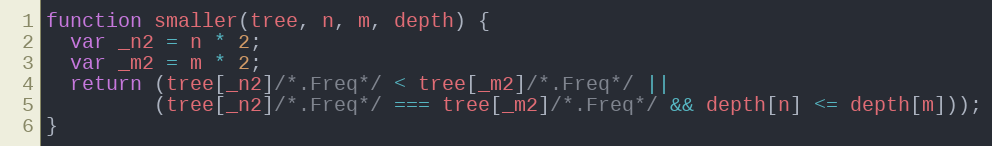
Language: JavaScript
function smaller(tree, n, m, depth) {
  var _n2 = n * 2;
  var _m2 = m * 2;
  return (tree[_n2]/*.Freq*/ < tree[_m2]/*.Freq*/ ||
         (tree[_n2]/*.Freq*/ === tree[_m2]/*.Freq*/ && depth[n] <= depth[m]));
}